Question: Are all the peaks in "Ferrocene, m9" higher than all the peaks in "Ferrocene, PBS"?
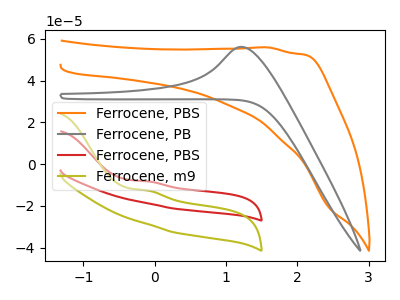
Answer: <think>The orange curve "Ferrocene, PBS" has no peaks. The gray curve "Ferrocene, PB" has an anodic peak at: (1.20V, 56.15uA). The red curve "Ferrocene, PBS" has an anodic peak at: (-0.10V, -8.25uA). The olive curve "Ferrocene, m9" has an anodic peak at: (-0.10V, -12.65uA).</think>
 <answer>Every peak in "Ferrocene, m9" is lower than every peak in "Ferrocene, PBS".</answer>
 <eval>lower</eval>